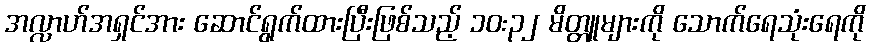
အလ္လာဟ်အရှင်အား ဆောင်ရွက်ထားပြီးဖြစ်သည့် ၁၀:၃၂ မိတ္တူများကို သောက်ရေသုံးရေကို